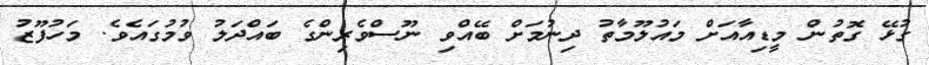
ގުޅޭ ގޮތުން މީޑިއާއަށް މައުލޫމާތު ދިނުމަށް ބޭއްވި ނޫސްވެރިންގެ ބައްދަލު ވުމުގައެވެ. މަހުފޫޒު